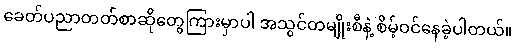
ခေတ်ပညာတတ်စာဆိုတွေကြားမှာပါ အသွင်တမျိုးစီနဲ့ စိမ့်ဝင်နေခဲ့ပါတယ်။